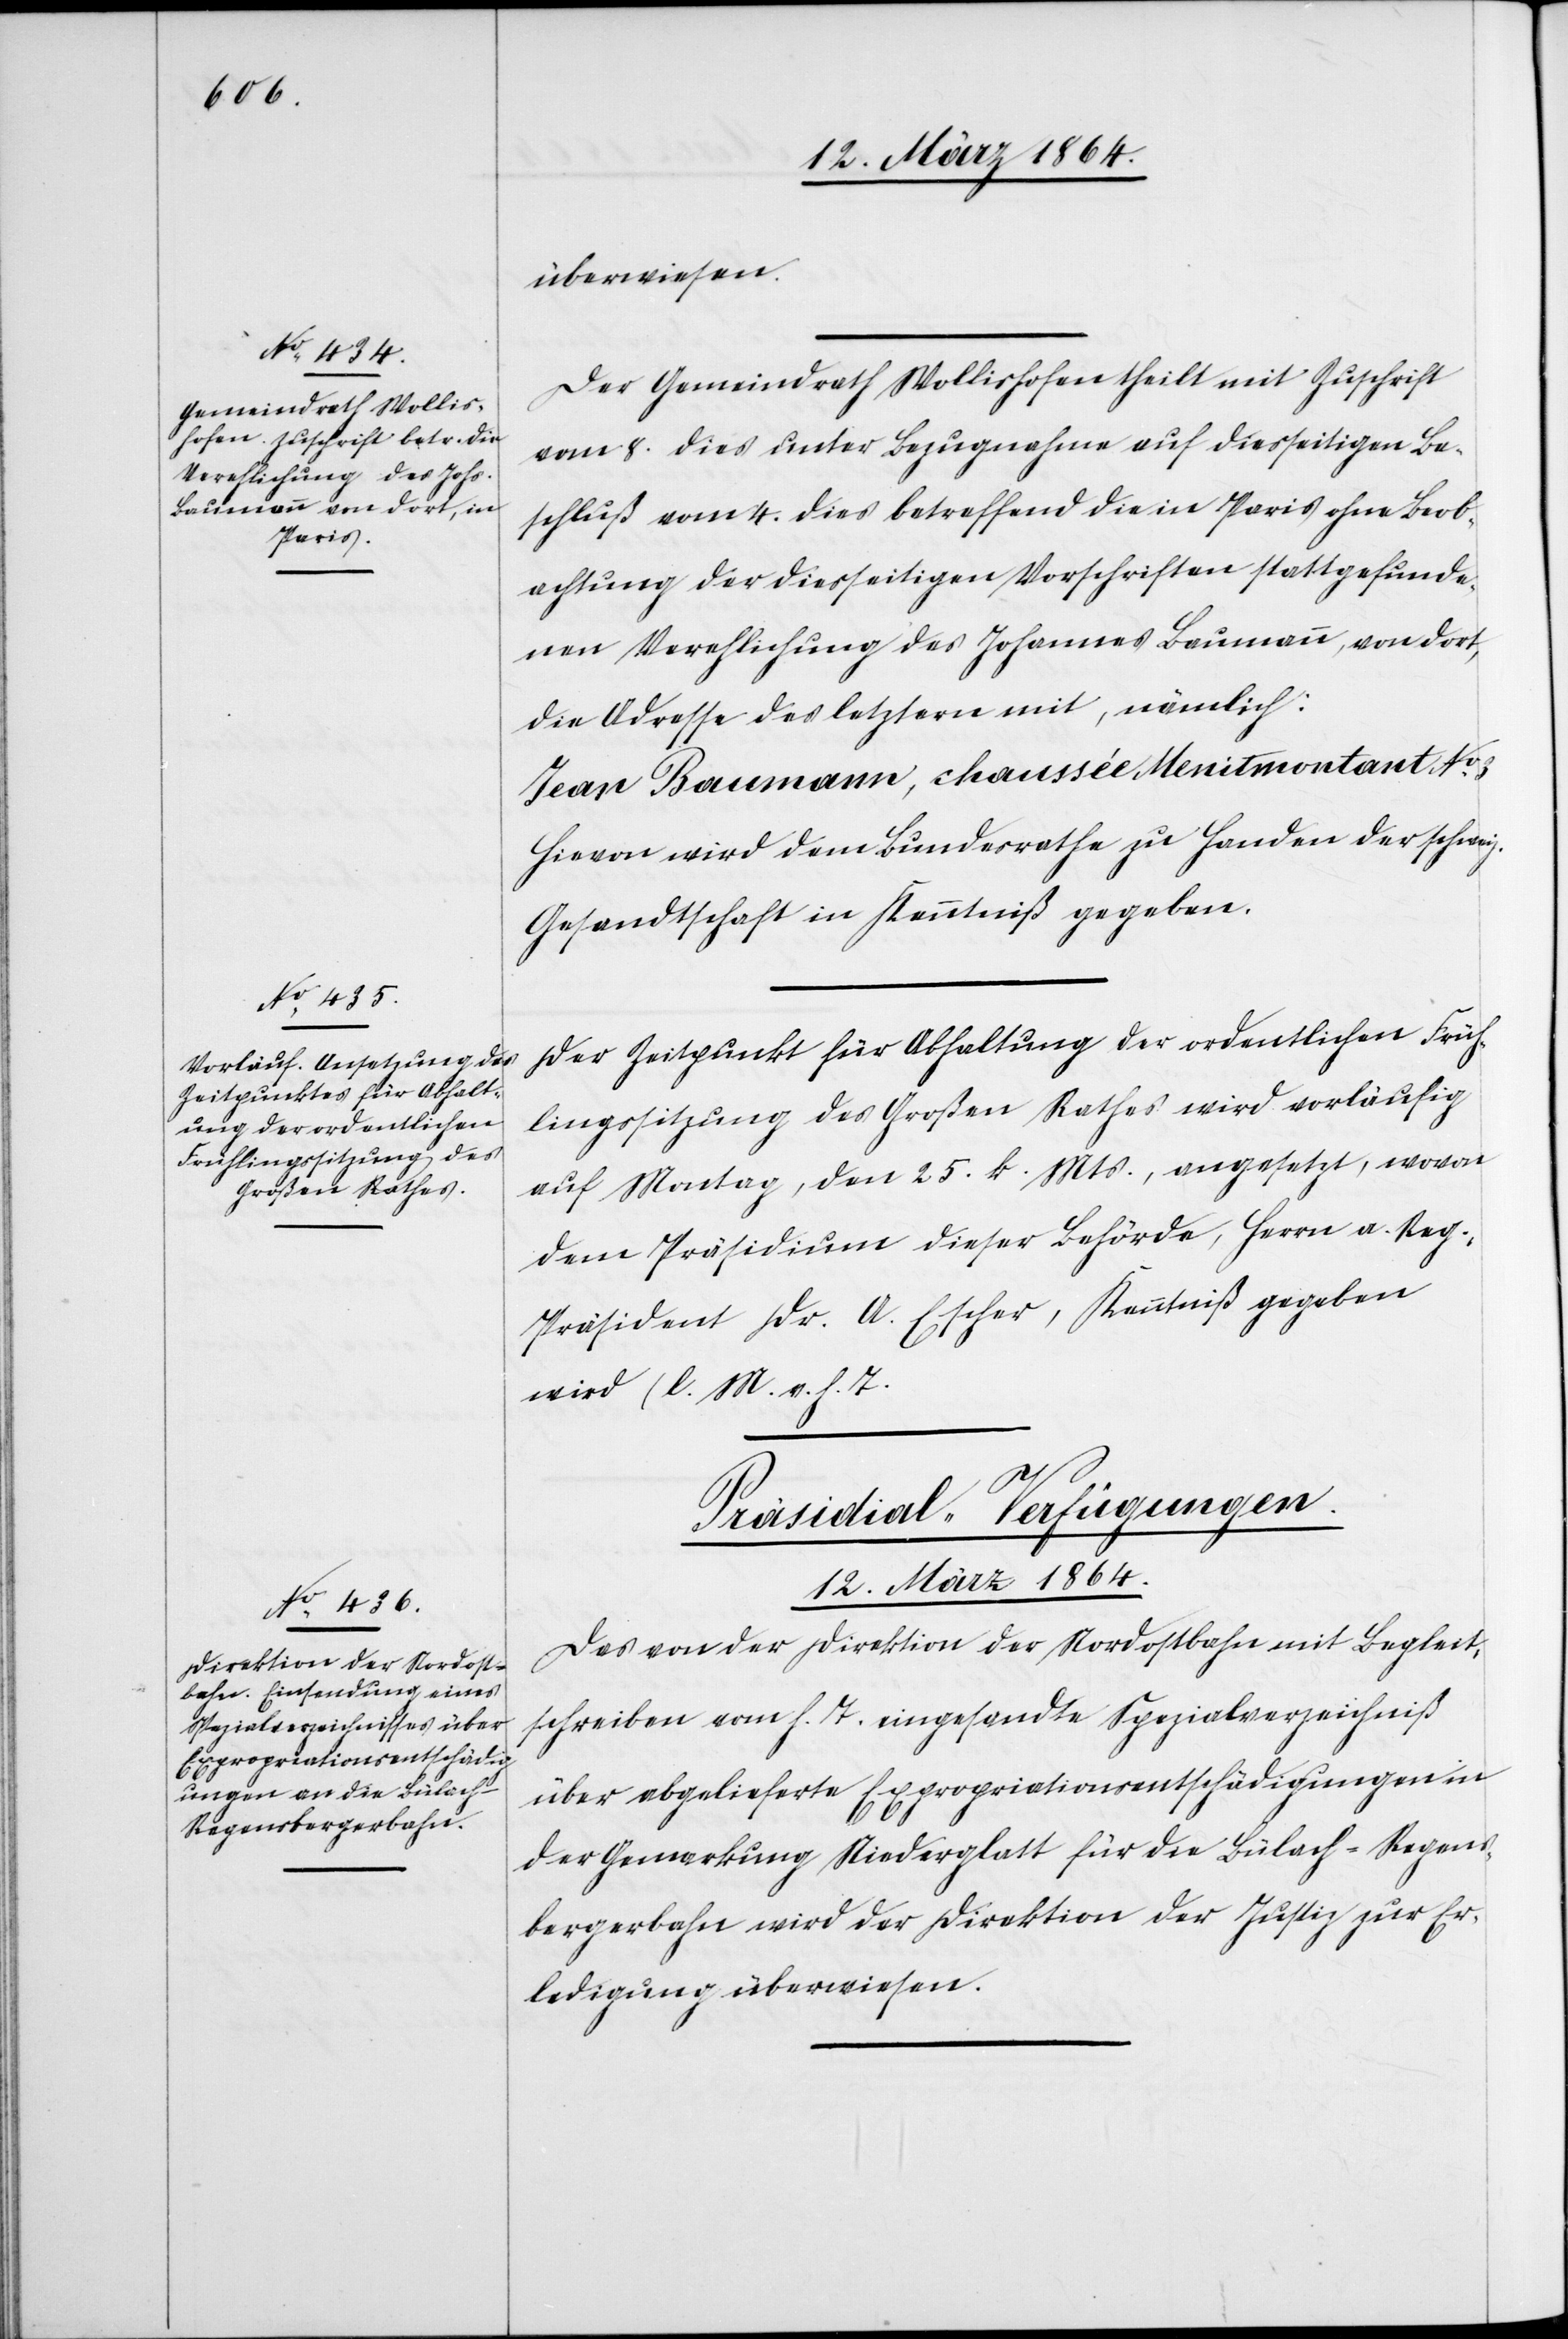
12. März 1864.
überwiesen.
Der Gemeindrath Wollishofen theilt mit Zuschrift
vom 8. dies unter Bezugnahme auf diesseitigen Be¬
schluß vom 4. dies betreffend die in Paris ohne Beob¬
achtung der diesseitigen Vorschriften stattgefunde¬
nen Verehlichung des Johannes Baumann, von dort,
die Adresse des letztern mit, nämlich:
Jean Baumann, chaussée Menitmontant No
Hievon wird dem Bundesrathe zu Handen der schweiz.
Gesandtschaft in Kenntniß gegeben.
Der Zeitpunkt für Abhaltung der ordentlichen Früh¬
lingssitzung des Großen Rathes wird vorläufig
auf Montag, den 25. k. Mts., angesetzt, wovon
dem Präsidium dieser Behörde, Herrn a. Reg.
Präsident Dr. A. Escher, Kenntniß gegeben
wird (l. M. v. h. T.)
Präsidial-Verfügungen.
Das von der Direktion der Nordostbahn mit Begleit¬
schreiben vom h. T. eingesandte Spezialverzeichniß
über abgelieferte Expropriationsentschädigungen in
der Gemarkung Niederglatt für die Bülach-Regens¬
bergerbahn wird der Direktion der Justiz zur Er¬
ledigung überwiesen.